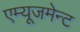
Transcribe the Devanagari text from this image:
एम्‍यूजमेन्‍ट